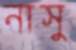
নাসু